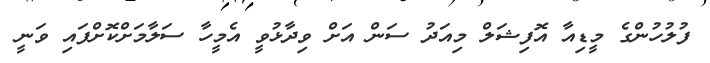
ފުލުހުންގެ މީޑިއާ އޮފިޝަލް މިއަދު ސަން އަށް ވިދާޅުވީ އެމީހާ ސަލާމަށްކޮށްފައި ވަނީ